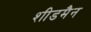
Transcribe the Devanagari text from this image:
शीडमैन